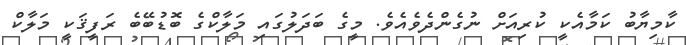
ކާމިޔާބު ކަމާއެކީ ކުރިއަށް ނުގެންދެވެއެވެ. މީގެ ބަދަލުގައި މަލާކްގެ ބޮޑުބޭބެ ރަފީޤަކީ މަލާކް